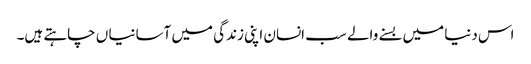
اس دنیا میں بسنے والے سب انسان اپنی زندگی میں آسانیا ں چاہتے ہیں۔